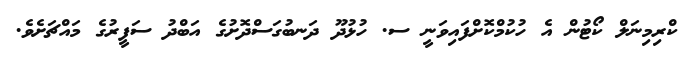
ކްރިމިނަލް ކޯޓުން އެ ހުކުމްކޮށްފައިވަނީ ސ. ހުޅުދޫ ދަނބުގަސްދޮށުގެ އަބްދު ސަފީރުގެ މައްޗަށެވެ.